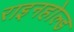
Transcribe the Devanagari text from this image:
राइनहोल्ड